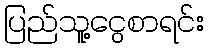
ပြည်သူ့ငွေစာရင်း